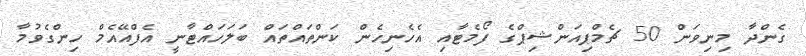
ގެންދާ މިނިވަން 50 ޗެމްޕިއަންޝިޕްގެ ފޯމެޓާއި އެހެނިހެން ކަންތައްތައް ބަލަހައްޓާނީ އެފްއޭއެމް ހިންގެވުމާ